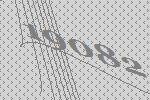
19082